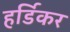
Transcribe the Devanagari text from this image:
हर्डिकर